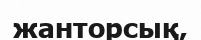
жанторсық,